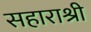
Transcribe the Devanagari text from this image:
सहाराश्री